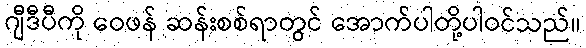
ဂျီဒီပီကို ဝေဖန် ဆန်းစစ်ရာတွင် အောက်ပါတို့ပါဝင်သည်။